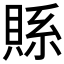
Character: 𮚇